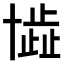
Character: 𠦾